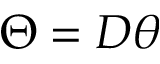
\Theta = D \theta